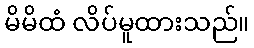
မိမိထံ လိပ်မူထားသည်။